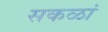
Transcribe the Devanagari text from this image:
सकळां